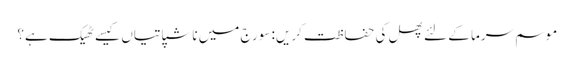
موسم سرما کے لئے پھل کی حفاظت کریں: سورج میں ناشپاتیاں کیسے ٹھیک ہے؟